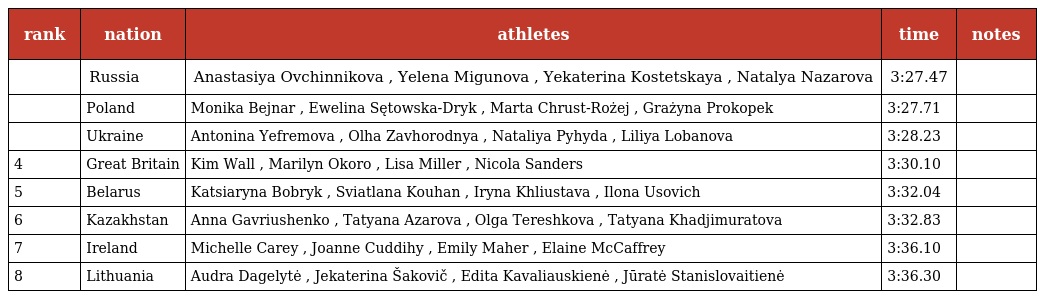
| rank | nation | athletes | time | notes |
 | --- | --- | --- | --- | --- |
 |  | Russia | Anastasiya Ovchinnikova , Yelena Migunova , Yekaterina Kostetskaya , Natalya Nazarova | 3:27.47 |  |
 |  | Poland | Monika Bejnar , Ewelina Sętowska-Dryk , Marta Chrust-Rożej , Grażyna Prokopek | 3:27.71 |  |
 |  | Ukraine | Antonina Yefremova , Olha Zavhorodnya , Nataliya Pyhyda , Liliya Lobanova | 3:28.23 |  |
 | 4 | Great Britain | Kim Wall , Marilyn Okoro , Lisa Miller , Nicola Sanders | 3:30.10 |  |
 | 5 | Belarus | Katsiaryna Bobryk , Sviatlana Kouhan , Iryna Khliustava , Ilona Usovich | 3:32.04 |  |
 | 6 | Kazakhstan | Anna Gavriushenko , Tatyana Azarova , Olga Tereshkova , Tatyana Khadjimuratova | 3:32.83 |  |
 | 7 | Ireland | Michelle Carey , Joanne Cuddihy , Emily Maher , Elaine McCaffrey | 3:36.10 |  |
 | 8 | Lithuania | Audra Dagelytė , Jekaterina Šakovič , Edita Kavaliauskienė , Jūratė Stanislovaitienė | 3:36.30 |  |